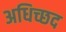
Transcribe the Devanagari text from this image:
अधिच्छद